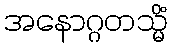
အနောဂ္ဂတသ္မိံ